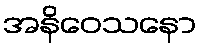
အနိဝေသနော